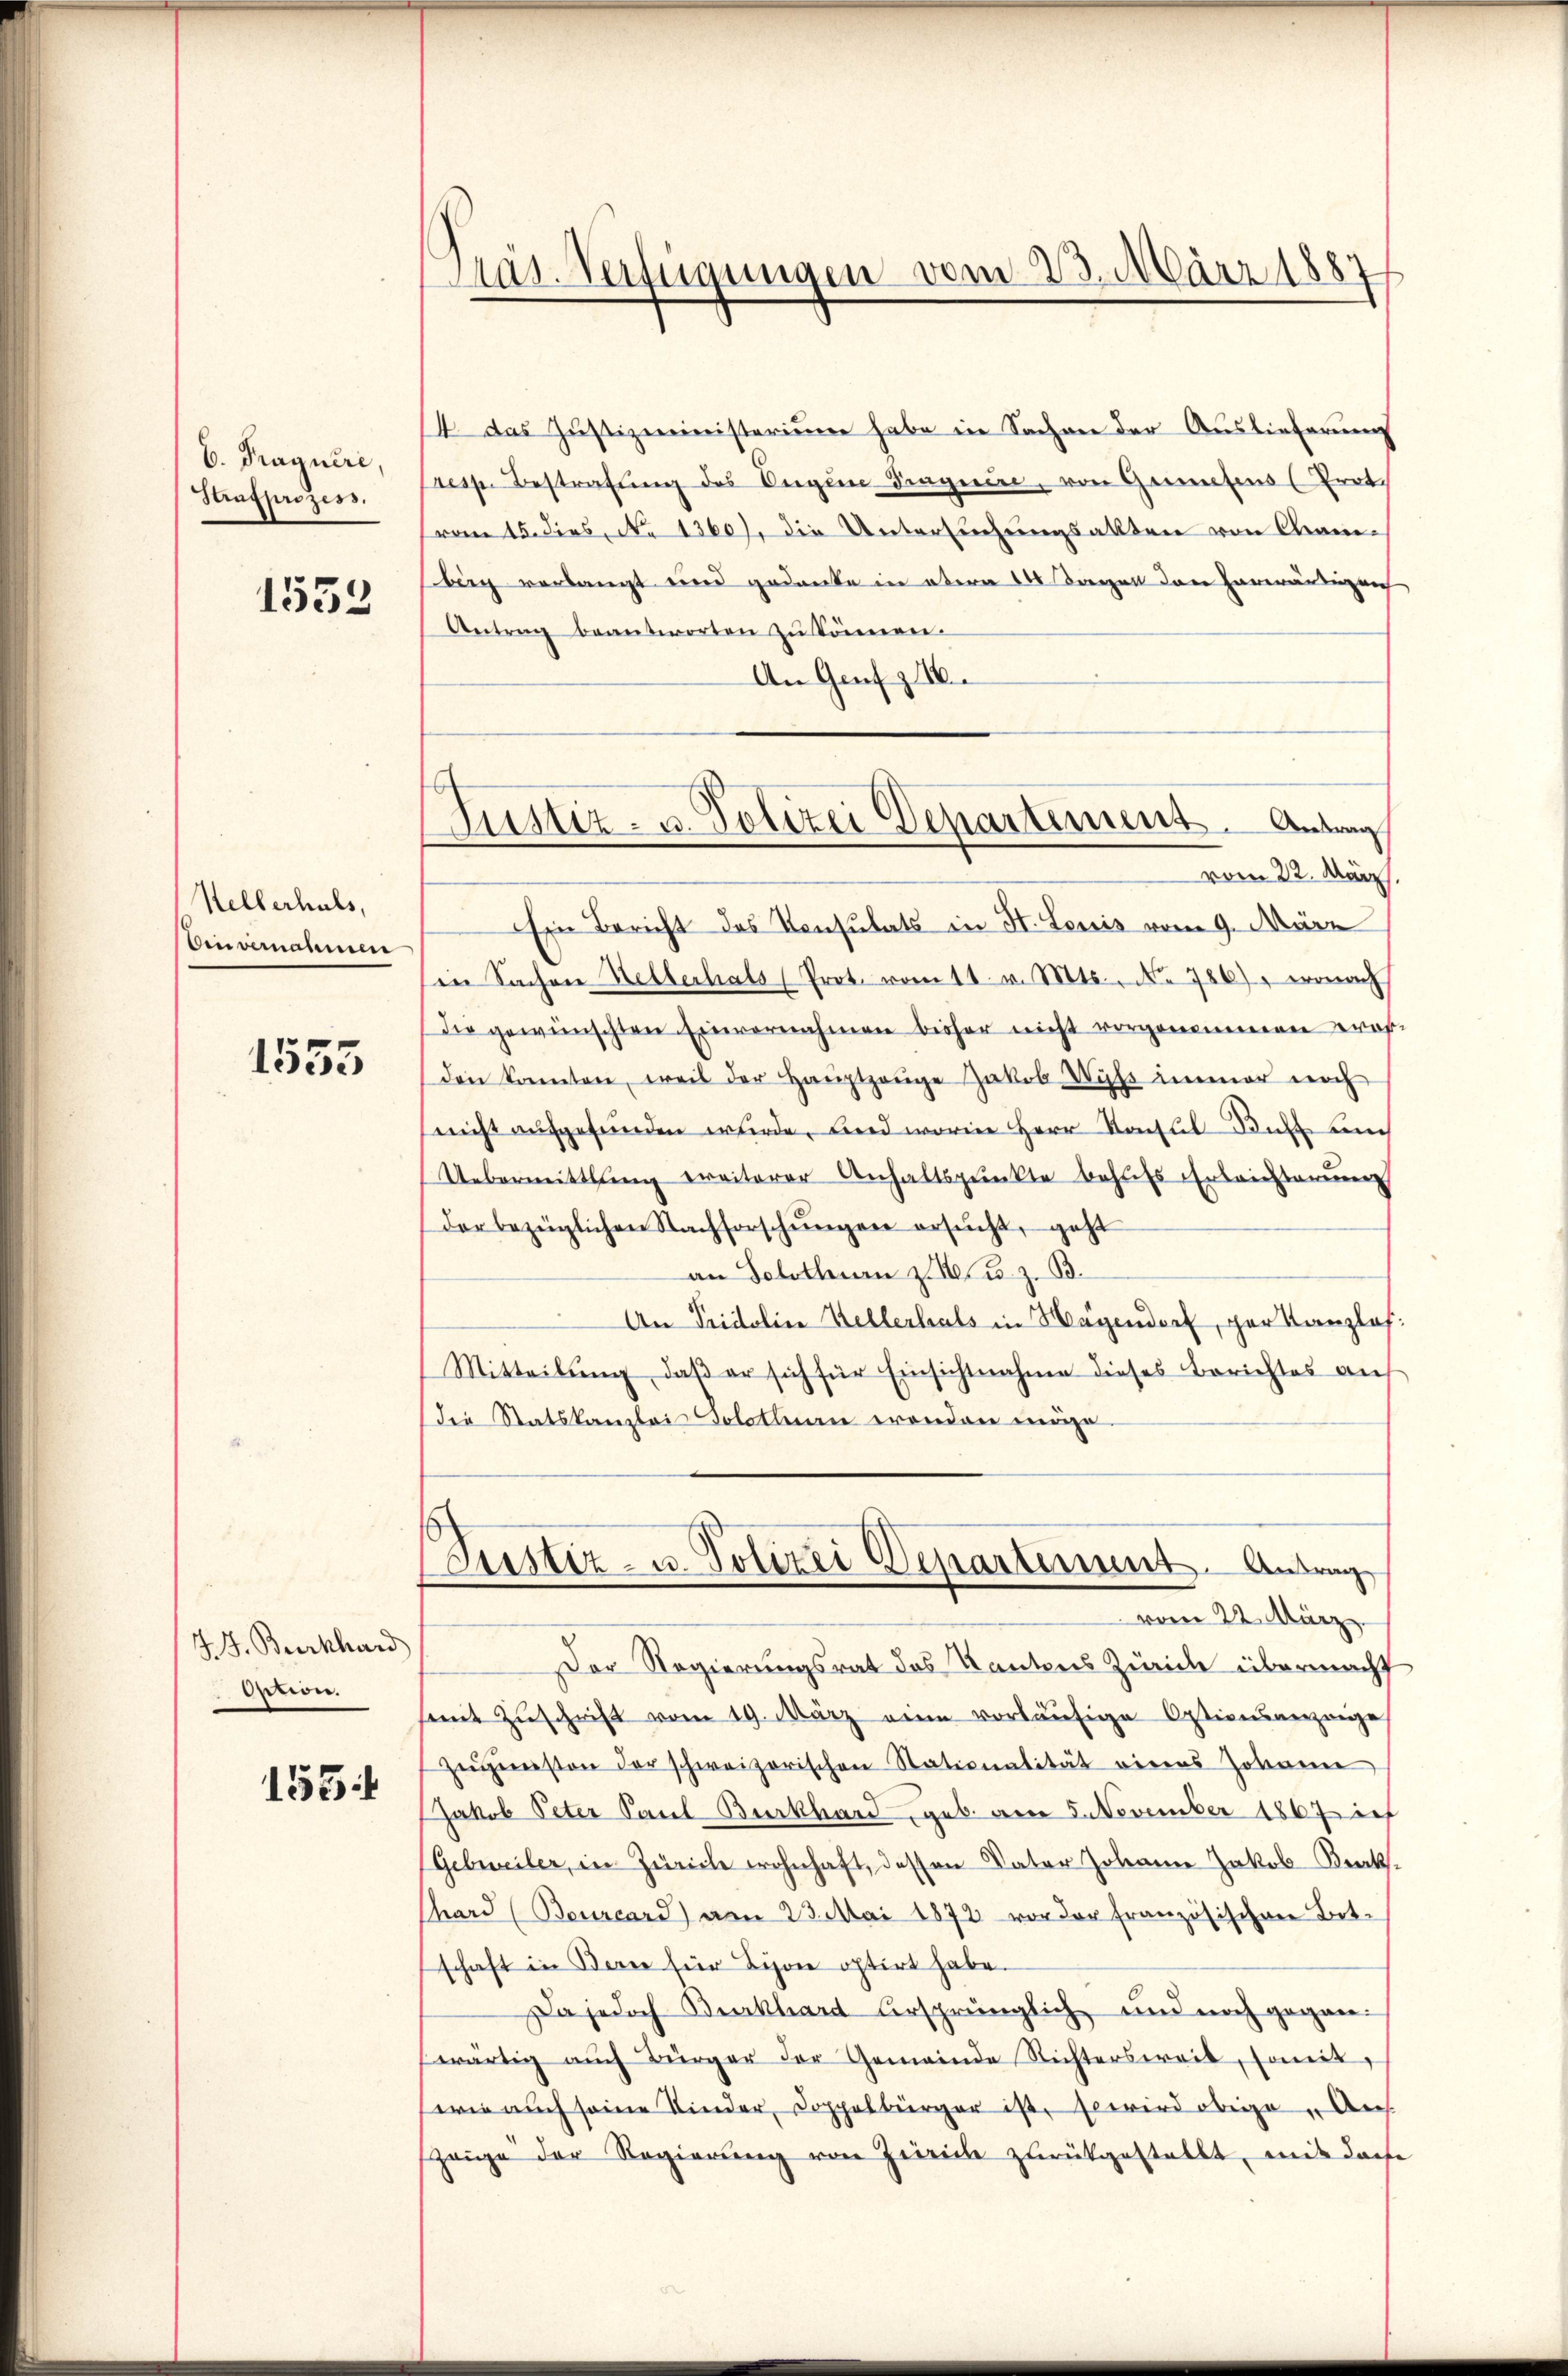
6. Pragnere
Strafprozess.

1553

Hellerhals,
Ein vernahmen

1555

J. J. Burkhard
Option.

155

Das Verfügungen vom 23. März 1887

4. das Justizministerium habe in Sachen der Auslieferung
resp. Bestrafŭng des Augen dinguin, von Greutens (Trot.
vom 15. Dies No 1360). Die Untersuchungsallten von Chamberg verlangt und gedanke in obern 14 Tagen den Horwärtigen
Antrag beantworten zŭ können.
An Genf z
vom 22. März.
Ein Bericht des Konsulats in St. Louis vom 9. März
in Sachen Hellerhals (Prot. vom 11. v. Mts. No 786), wonach
die gewünschten Einvernahmen bisher nicht vorgenommen wor
den konnten, weil der Haŭptzeŭge Jakob Wyss immer noch
nicht aufgefunden wurde, und worin Herr Konsul Ruhe un
Uebermittlung ereiterer Anhaltspunkte behufs Erleichterung
der bezüglichen Nachforschŭngen ersŭcht, geht
an Solothurn z. B. u. z. B.
An Pridolin Kellerhals in Hagendorf, per Kanzlaf:
Mitteilŭng, daβ er sich für Einsichtnahme dieses Berichtes auf
Die Statskanzlei Solothurn erenden möge.
Justiz- u. Polizei Departement. Antrag
vom 22. März
Der Regierungsrat des Kantons Zürich übermacht
mit Zŭschrift vom 19. März eine vorläŭfige Optionsanzeige
zŭgesten der schweizerischen Stationalität eines Johanne
Jakob Peter Paul Burkhard, geb. am 5. November 1867 ich
Gebweiler, in Zürich wohnhaft, dessen Vater Johann Jakob Brak.
Chard (Beurcard) am 23. Mai 1872 vor der französischen Art.
schaft in Bern für Lyon optirt habe.
Da jedoch Burkhard ursprünglich und noch gegenwärtig aŭch Bürger der Gemeinde Richtersweil, somit,
wie auch seine Kinder, Doppelbürger ist, so wird obige „Aus
zeige der Regierŭng von Zürich zŭrückgestellt, mit doch

Justiz- u. Polizei Departement. Antrag